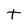
Character: t